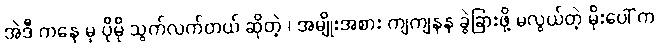
အဲဒီ ကနေ မှ ပိုမို သွက်လက်တယ် ဆိုတဲ့ ၊ အမျိုးအစား ကျကျနန ခွဲခြားဖို့ မလွယ်တဲ့ မိုးပေါ် က